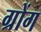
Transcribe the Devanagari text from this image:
ग्रोंग